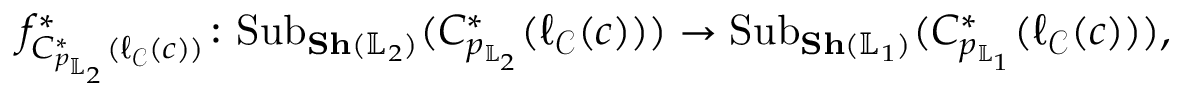
f _ { C _ { p _ { \mathbb { L } _ { 2 } } } ^ { \ast } ( \ell _ { \mathcal { C } } ( c ) ) } ^ { \ast } \colon \mathrm { { S u b } } _ { { \bf S h } ( \mathbb { L } _ { 2 } ) } ( C _ { p _ { \mathbb { L } _ { 2 } } } ^ { \ast } ( \ell _ { \mathcal { C } } ( c ) ) ) \rightarrow { \mathrm { S u b } } _ { { \bf S h } ( { \mathbb { L } _ { 1 } } ) } ( C _ { p _ { \mathbb { L } _ { 1 } } } ^ { \ast } ( \ell _ { \mathcal { C } } ( c ) ) ) ,